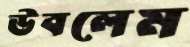
উবলেম